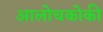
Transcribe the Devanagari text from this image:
आलोचकोकी